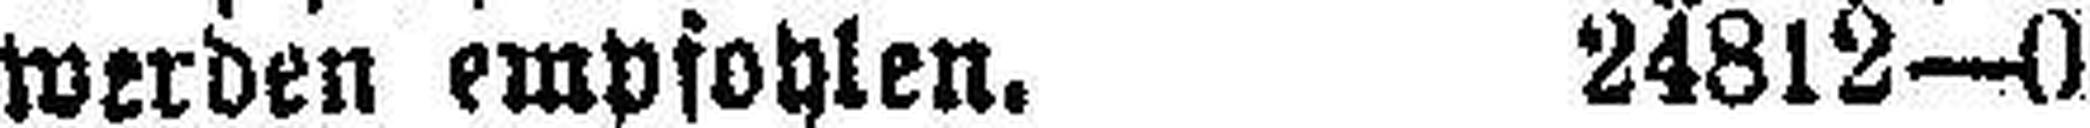
werden empfohlen. 24812—0